Madras plague regulations and rules - Volume 1
Disease focus: Plague
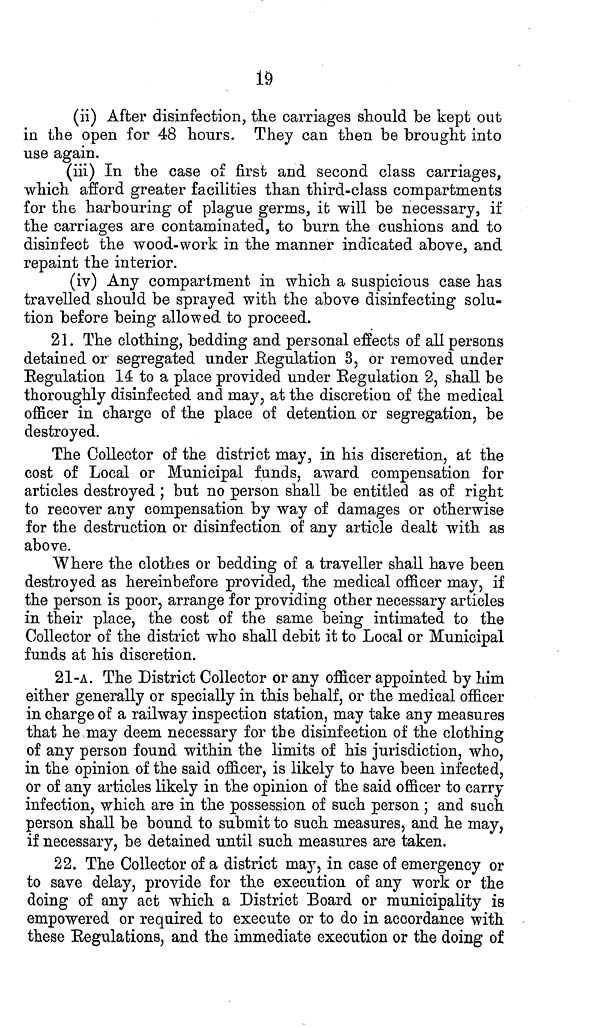
19
(ii) After disinfection, the carriages should be kept out
in the open for 48 hours. They can then be brought into
use again.
(iii) In the case of first and second class carriages,
which afford greater facilities than third-class compartments
for the harbouring of plague germs, it will be necessary, if
the carriages are contaminated, to burn the cushions and to
disinfect the wood-work in the manner indicated above, and
repaint the interior.
(iv) Any compartment in which a suspicious case has
travelled should be sprayed with the above disinfecting solu-
tion before being allowed to proceed.
21. The clothing, bedding and personal effects of all persons
detained or segregated under Regulation 3, or removed under
Regulation 14 to a place provided under Regulation 2, shall be
thoroughly disinfected and may, at the discretion of the medical
officer in charge of the place of detention or segregation, be
destroyed.
The Collector of the district may, in his discretion, at the
cost of Local or Municipal funds, award compensation for
articles destroyed ; but no person shall be entitled as of right
to recover any compensation by way of damages or otherwise
for the destruction or disinfection of any article dealt with as
above.
Where the clothes or bedding of a traveller shall have been
destroyed as hereinbefore provided, the medical officer may, if
the person is poor, arrange for providing other necessary articles
in their place, the cost of the same being intimated to the
Collector of the district who shall debit it to Local or Municipal
funds at his discretion.
21-A. The District Collector or any officer appointed by him
either generally or specially in this behalf, or the medical officer
in charge of a railway inspection station, may take any measures
that he may deem necessary for the disinfection of the clothing
of any person found within the limits of his jurisdiction, who,
in the opinion of the said officer, is likely to have been infected,
or of any articles likely in the opinion of the said officer to carry
infection, which are in the possession of such person ; and such
person shall be bound to submit to such measures, and he may,
if necessary, be detained until such measures are taken.
22. The Collector of a district may, in case of emergency or
to save delay, provide for the execution of any work or the
doing of any act which a District Board or municipality is
empowered or required to execute or to do in accordance with
these Regulations, and the immediate execution or the doing of